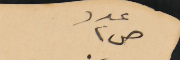
عدد ص٢